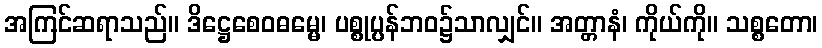
အကြင်ဆရာသည်။ ဒိဋ္ဌေစေဝဓမ္မေ၊ ပစ္စုပ္ပန်ဘဝ၌သာလျှင်။ အတ္တာနံ၊ ကိုယ်ကို။ သစ္စတော၊